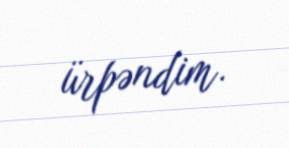
ürpəndim.